Problem: 48 + 21 = ?
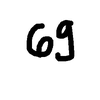
Handwritten answer: 69